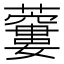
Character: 𧂜